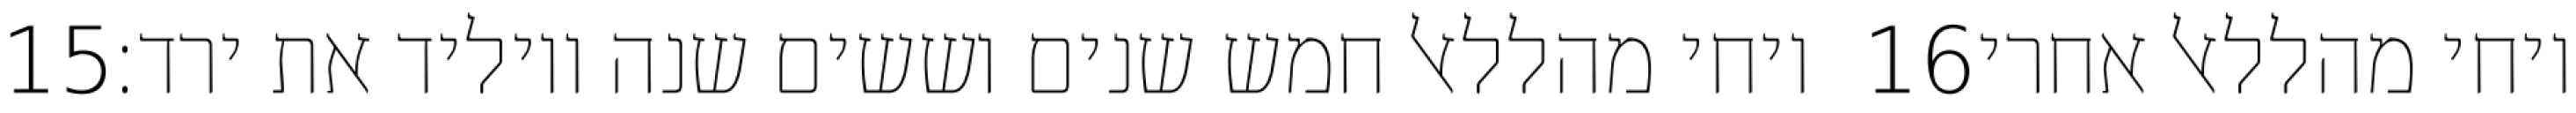
‎15‏ ויחי מהללאל חמש שנים וששים שנה ויוליד את ירד׃ ‎16‏ ויחי מהללאל אחרי